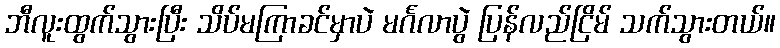
ဘီလူးထွက်သွားပြီး သိပ်မကြာခင်မှာပဲ မင်္ဂလာပွဲ ပြန်လည်ငြိမ် သက်သွားတယ်။